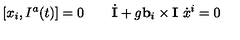
[ x _ { i } , I ^ { a } ( t ) ] = 0 \qquad \dot { \bf I } + g { \bf b } _ { i } \times { \bf I } \ \dot { x } ^ { i } = 0